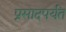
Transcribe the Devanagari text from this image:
प्रसादपर्यंत